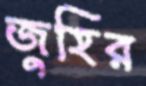
জুহির